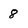
Character: 8